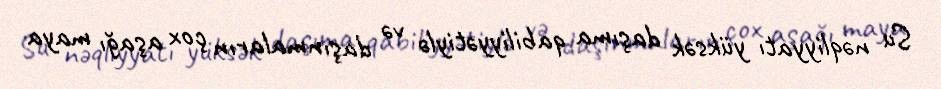
Su nəqliyyatı yüksək daşıma qabiliyyətiylə və daşınmaların çox aşağı maya